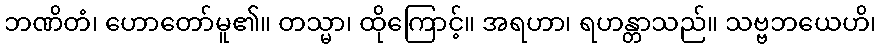
ဘဏိတံ၊ ဟောတော်မူ၏။ တသ္မာ၊ ထိုကြောင့်။ အရဟာ၊ ရဟန္တာသည်။ သဗ္ဗဘယေဟိ၊